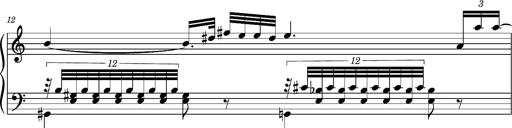
Title: Ungarischer Romanzero
Composer: Franz Liszt